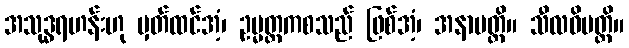
အသုဒ္ဓရဟန်းဟု မှတ်ထင်အံ့၊ ဥမ္မတ္တကစသည် ဖြစ်အံ့၊ အနာပတ္တိ။ သီလဝိပတ္တိ။